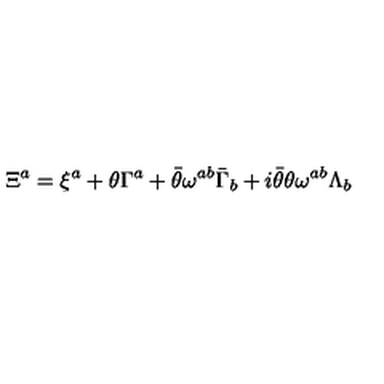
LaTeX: \Xi ^ { a } = \xi ^ { a } + \theta \Gamma ^ { a } + \bar { \theta } \omega ^ { a b } \bar { \Gamma } _ { b } + i \bar { \theta } \theta \omega ^ { a b } \Lambda _ { b }